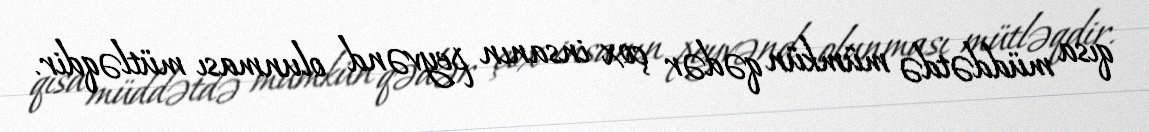
qısa müddətdə mümkün qədər çox insanın peyvənd olunması mütləqdir.